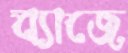
ব্যাজে